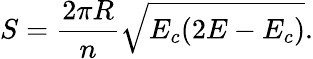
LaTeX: S=\frac{2\pi R}{n}\sqrt{E_{c}(2E-E_{c})}.